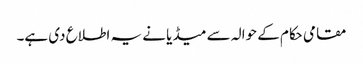
مقامی حکام کے حوالہ سے میڈیا نے یہ اطلاع دی ہے۔